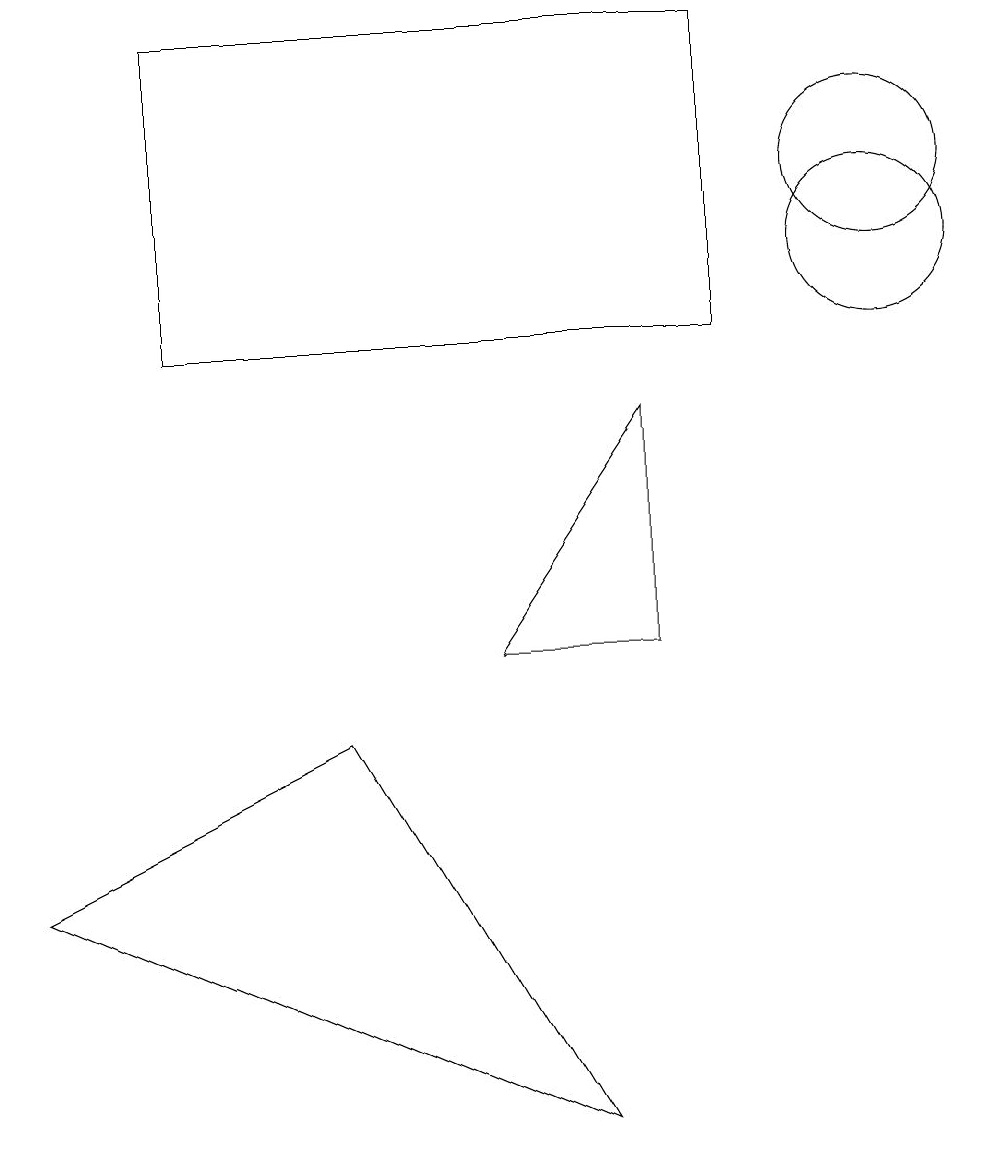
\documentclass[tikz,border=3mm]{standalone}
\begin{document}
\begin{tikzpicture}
\draw (8,6) -- (6,6) -- (8,9) -- cycle;
\draw (11,11) circle (1);
\draw (9,10) rectangle (2,14);
\draw (11,12) circle (1);
\draw (7,0) -- (0,3) -- (4,5) -- cycle;
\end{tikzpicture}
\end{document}